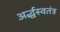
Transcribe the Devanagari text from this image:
अर्द्धस्वतंत्र